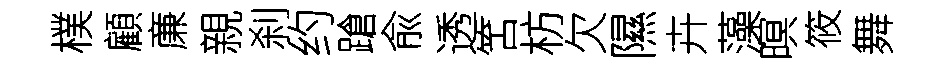
樸顧亷親刹约蹌兪透筈枋欠隰卉藻暝筱舞